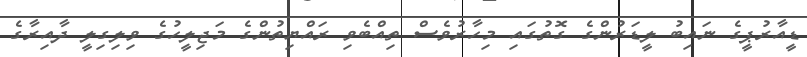
ޑީއާރުޕީގެ ނައިބު ލީޑަރުންގެ ގޮތުގައި މިހާރުވެސް ތިއްބެވި ރައްޔިތުންގެ މަޖިލީހުގެ ވިލިގިލީ ދާއިރާގެ